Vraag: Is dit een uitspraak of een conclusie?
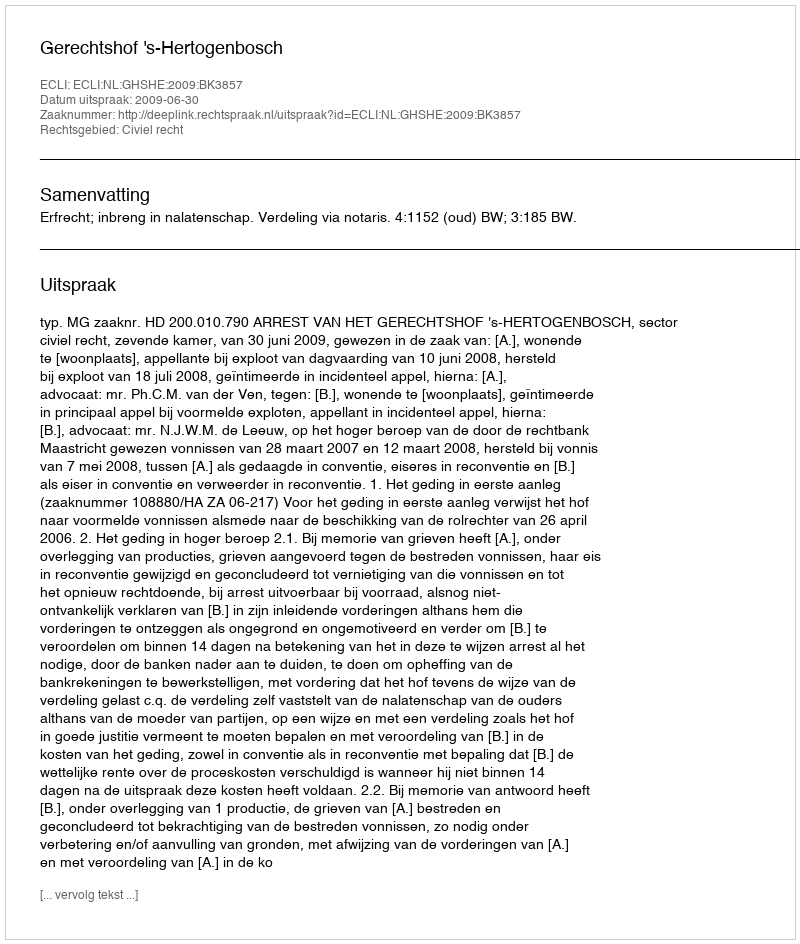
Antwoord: Uitspraak